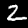
Label: 2